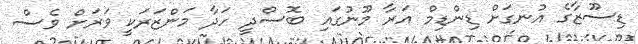
ޑިސޫޒާގެ އުނގަށް ޑިންޑިމް އަރާ މޫނުގައި ބޮސްދީ ހަދާ މަންޒަރަކީ ވަރަށް ވެސް